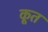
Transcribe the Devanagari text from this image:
कूत